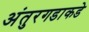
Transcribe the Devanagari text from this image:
अंतुरगडाकडे